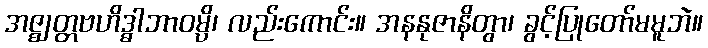
အဇ္ဈတ္တဗဟိဒ္ဓါဘာဝမ္ပိ၊ လည်းကောင်း။ အနနုဇာနိတွာ၊ ခွင့်ပြုတော်မမူဘဲ။